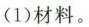
(1)材料。